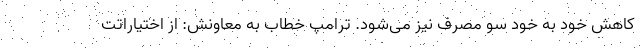
کاهش خود به خود سو مصرف نیز می‌شود. ترامپ خطاب به معاونش: از اختیاراتت